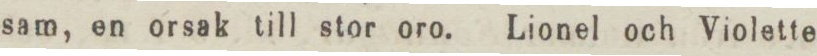
sam, en orsak till stor oro. Lionel och Violette